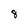
Character: 8